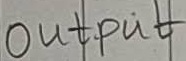
Text: Output